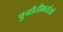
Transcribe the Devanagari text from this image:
चुनौतीकर्ताओं